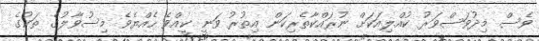
ވެސް މިދުވަސްވަރު ކުއްލިއަކަށް ނުރައްކާތެރިކަން އިތުރު ވަނީ ކީއްވެ ހެއްޔެވެ މިސުވާލުގެ ތަކުގެ